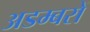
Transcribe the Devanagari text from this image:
अडम्बरों